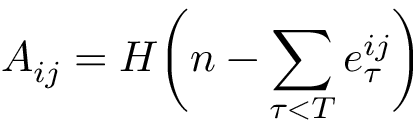
A _ { i j } = H \bigg ( n - \sum _ { \tau < T } e _ { \tau } ^ { i j } \bigg )